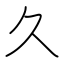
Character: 久